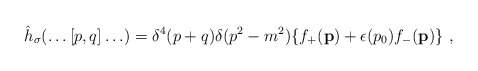
\begin{align*}{\hat h}_\sigma (\ldots [p,q] \ldots) = \delta^4 (p+q) \delta (p^2 - m^2)\{ f_+({\bf p}) + \epsilon (p_0) f_- ({\bf p}) \}\ ,\end{align*}